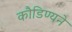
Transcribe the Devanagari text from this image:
कौडिण्यने